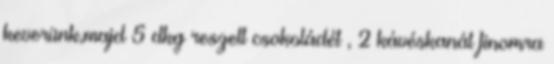
keverünk,majd 5 dkg reszelt csokoládét , 2 kávéskanál finomra